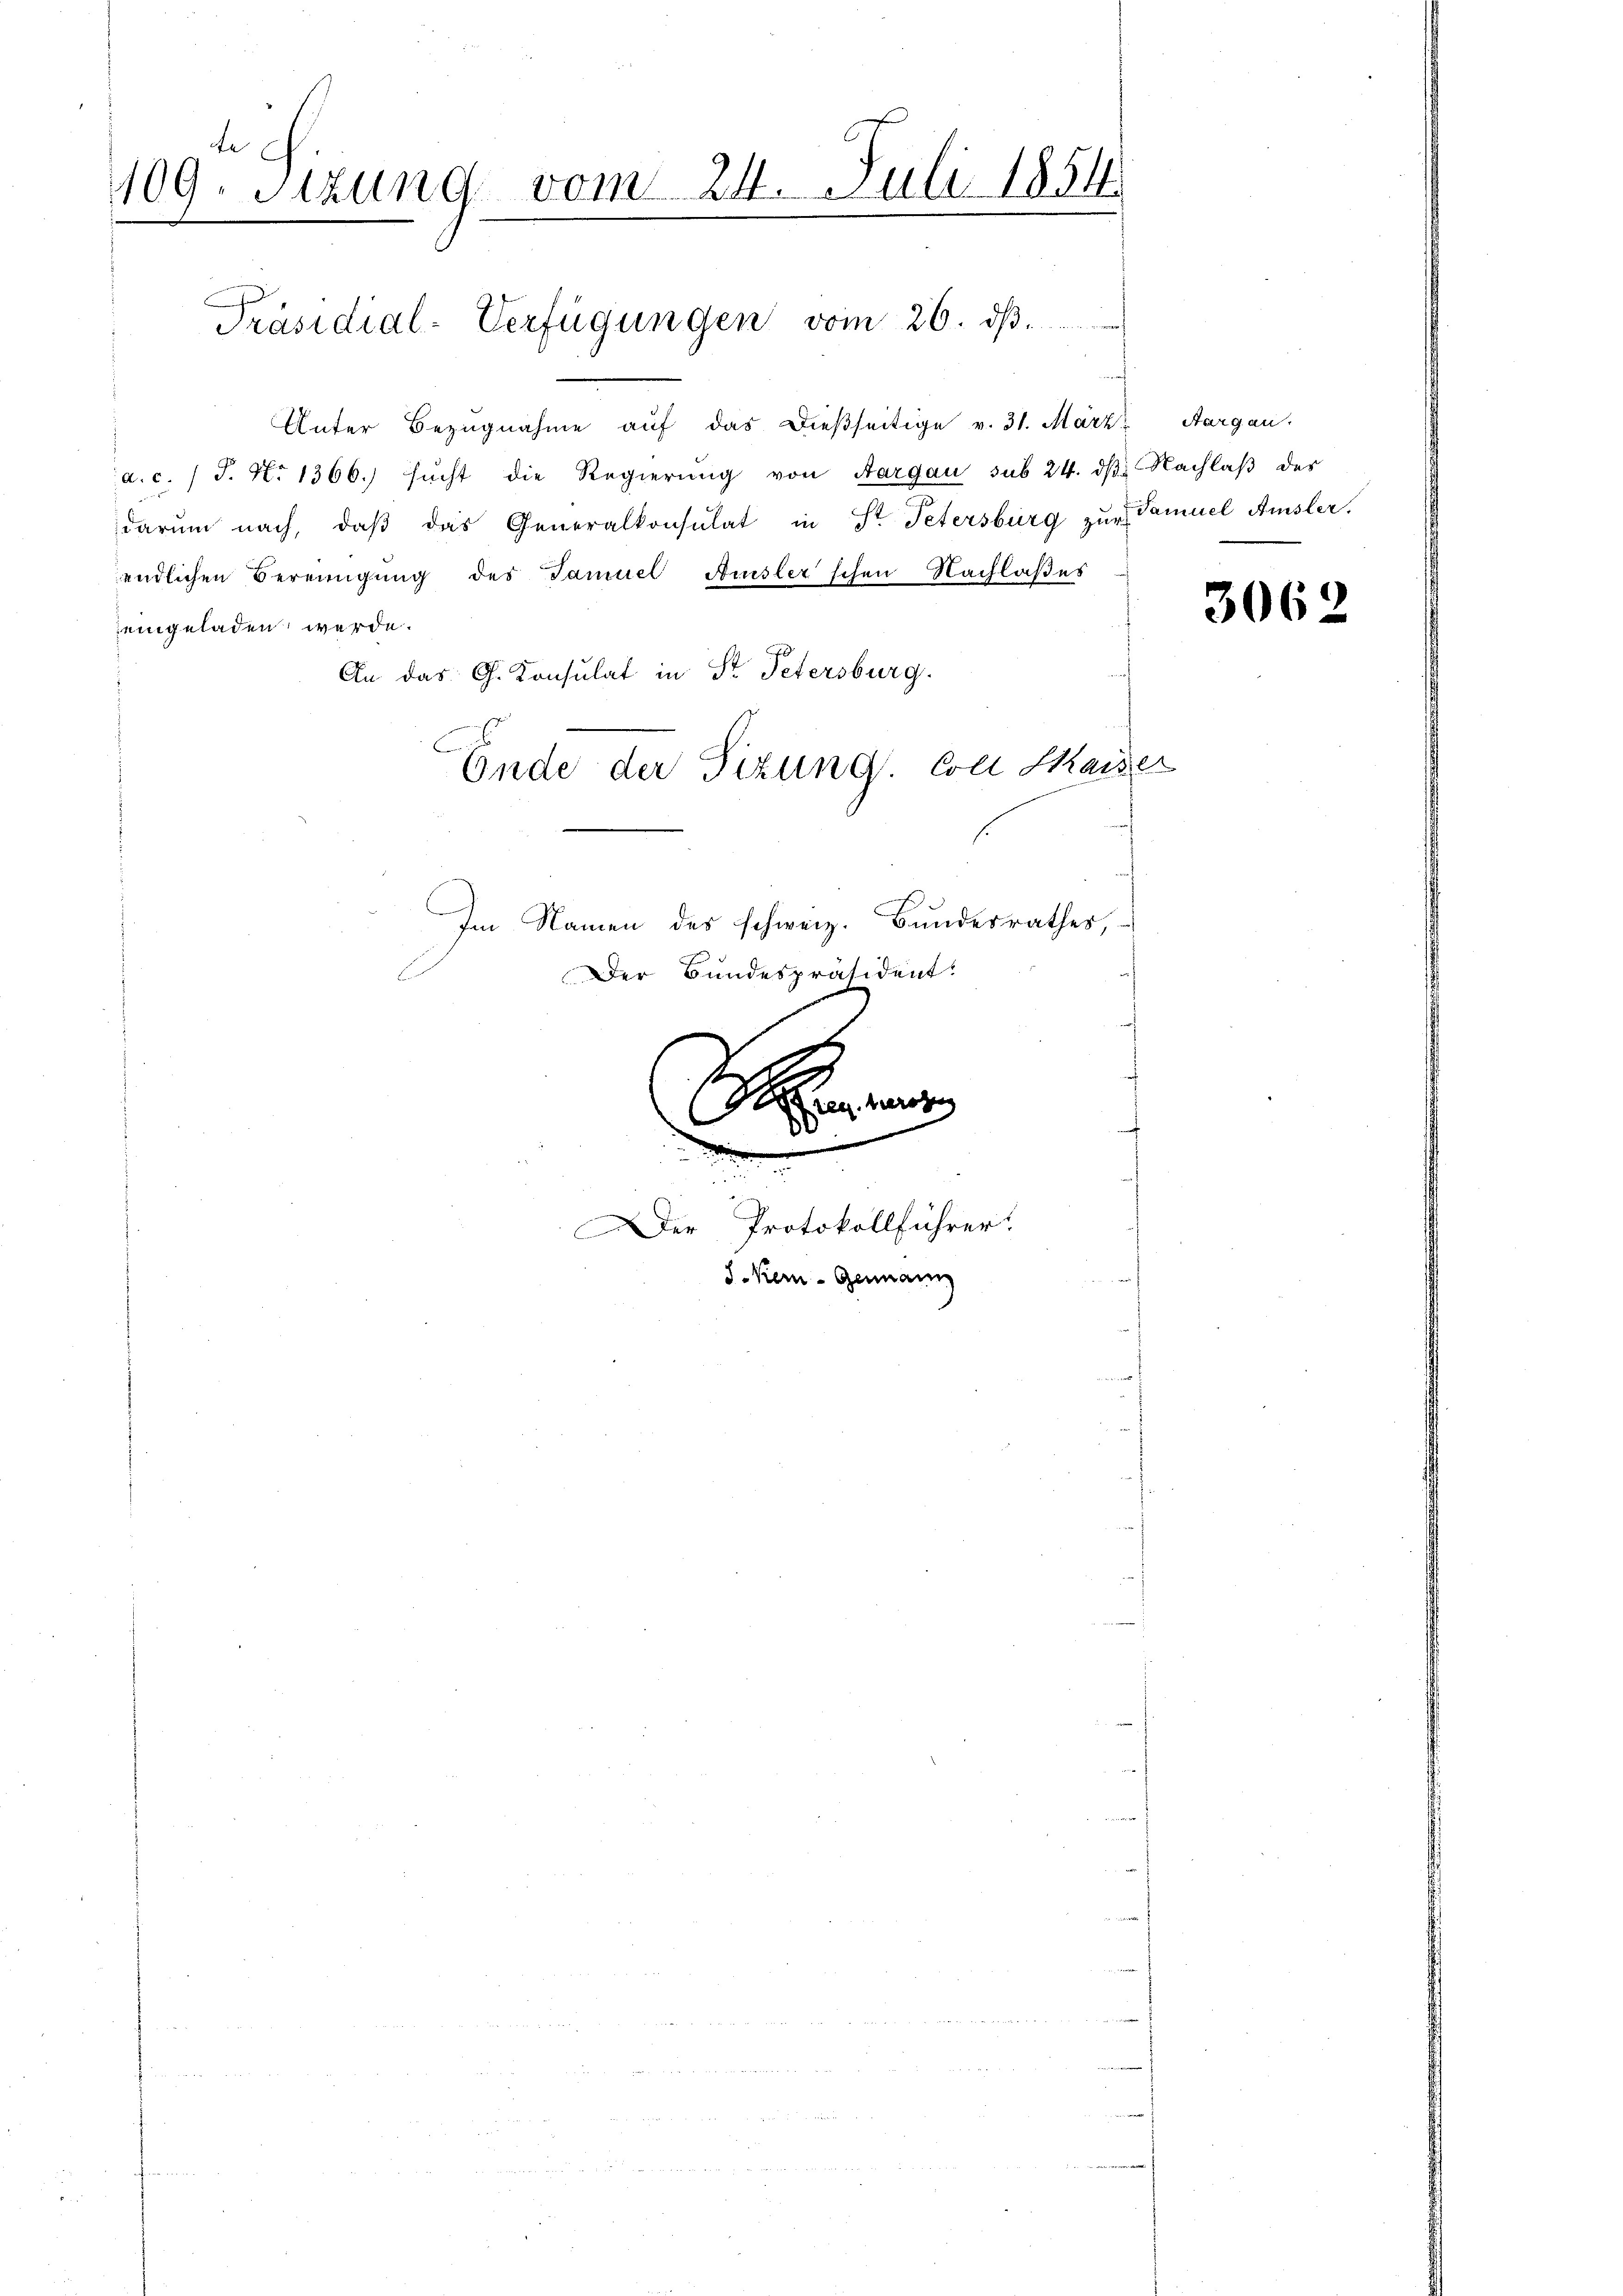
te
109. Sitzung vom 24. Juli 1854.

Präsidial-Verfügungen vom 26. ds.

Unter Bezŭgnahme aŭf das dießseitige v. 31. März Aargau,
a. c. 1 S. N. 1366.) sŭcht die Regierŭng von Aargau sub 24. dβ. Nachlaβ des
darum nach, daβ das Generalkonsulat in Str. Petersburg zŭr Samuel Amsler,
endlichen Bereinigŭng des Tamuel Amsler schen Nachlaßes
eingeladen werde.
An das G. Konsulat in St. Petersburg.
Ende der Sizung. Coli Kaiser

Se
w
2
Der Protokollführer.
S Kern - Genann

Im Namen des schweiz. Bundesrathes,
Der Bundespräsident.

3062